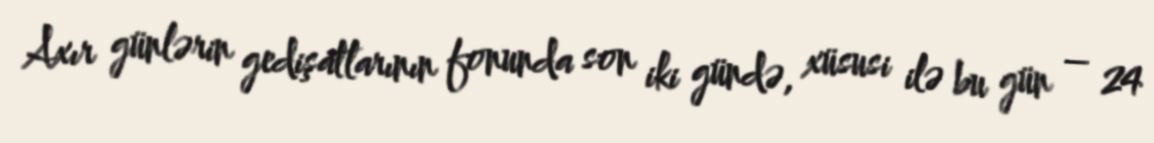
Axır günlərin gedişatlarının fonunda son iki gündə, xüsusi ilə bu gün – 24